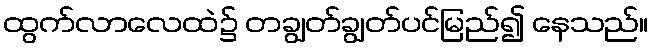
ထွက်လာလေထဲ၌ တချွတ်ချွတ်ပင်မြည်၍ နေသည်။